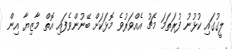
ލީގުގައި ކުޅުނު ފުރަތަމަ މެޗު އެއްވަރުވެ މޮޅަކަށް ބޭނުންވެފައި އޮތް މާޒިޔާ އިން